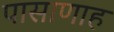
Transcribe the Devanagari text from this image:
पासाणाह